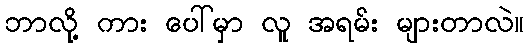
ဘာလို့ ကား ပေါ်မှာ လူ အရမ်း များတာလဲ။